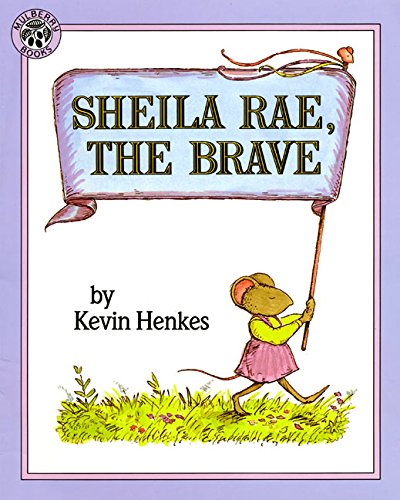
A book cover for Sheila Rae, the Brave; Kevin Henkes; Children's Books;